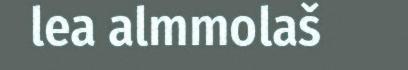
lea almmolaš